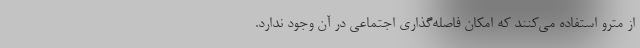
از مترو استفاده می‌کنند که امکان فاصله‌گذاری اجتماعی در آن وجود ندارد.